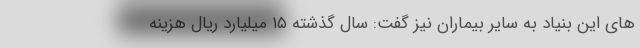
های این بنیاد به سایر بیماران نیز گفت: سال گذشته ۱۵ میلیارد ریال هزینه